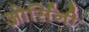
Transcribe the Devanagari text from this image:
ओर्सिनी